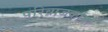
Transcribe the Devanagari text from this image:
परिव्राजकांना